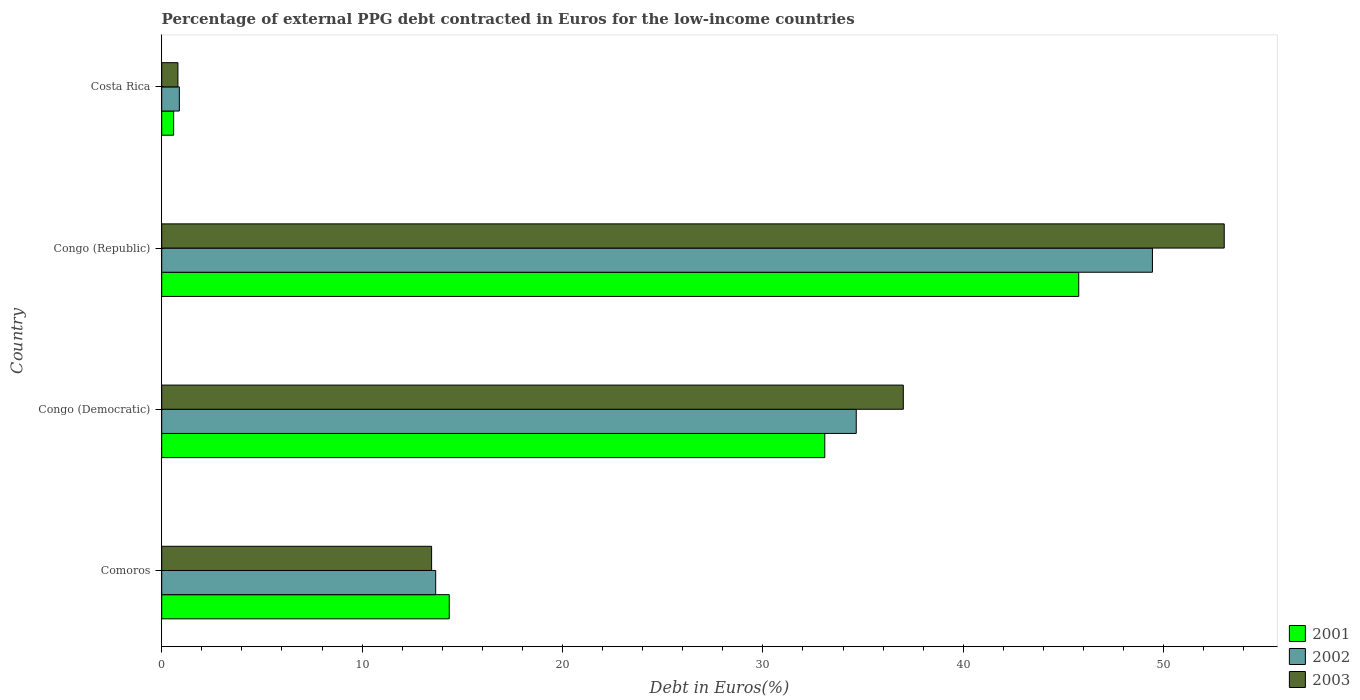
| Country | 2001 | 2002 | 2003 |
 | --- | --- | --- | --- |
 | Comoros | 14.3 | 13.7 | 13.5 |
 | Congo (Democratic) | 33.1 | 34.7 | 37 |
 | Congo (Republic) | 45.8 | 49.4 | 53 |
 | Costa Rica | 0.595 | 0.88 | 0.809 |